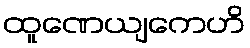
ထူဏေယျကေဟိ